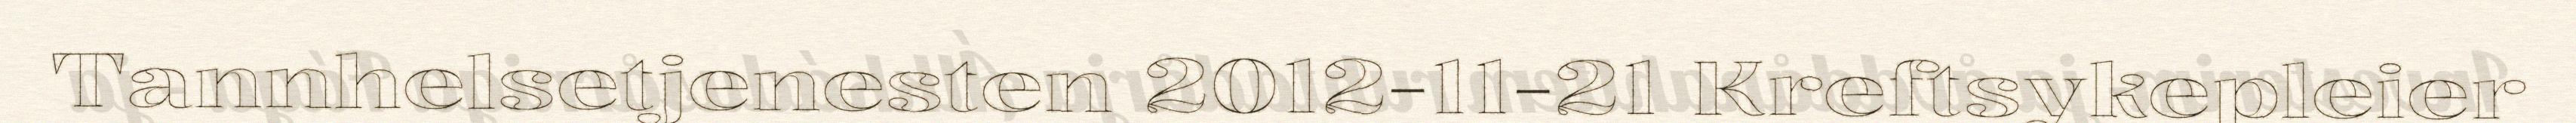
Tannhelsetjenesten 2012-11-21 Kreftsykepleier